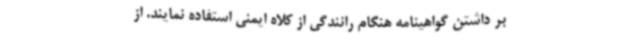
بر داشتن گواهینامه هنگام رانندگی از کلاه ایمنی استفاده نمایند. از